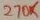
Text: 270K